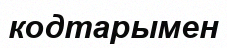
кодтарымен